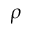
\rho